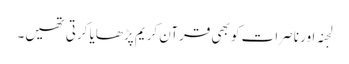
لجنہ اور ناصرات کو بھی قرآن کریم پڑھایا کرتی تھیں۔